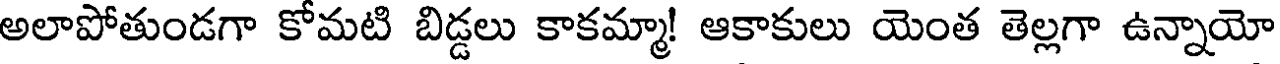
అలాపోతుండగా కోమటి బిడ్డలు కాకమ్మా! ఆకాకులు యెంత తెల్లగా ఉన్నాయో